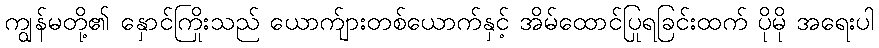
ကျွန်မတို့၏ နှောင်ကြိုးသည် ယောက်ျားတစ်ယောက်နှင့် အိမ်ထောင်ပြုရခြင်းထက် ပိုမို အရေးပါ